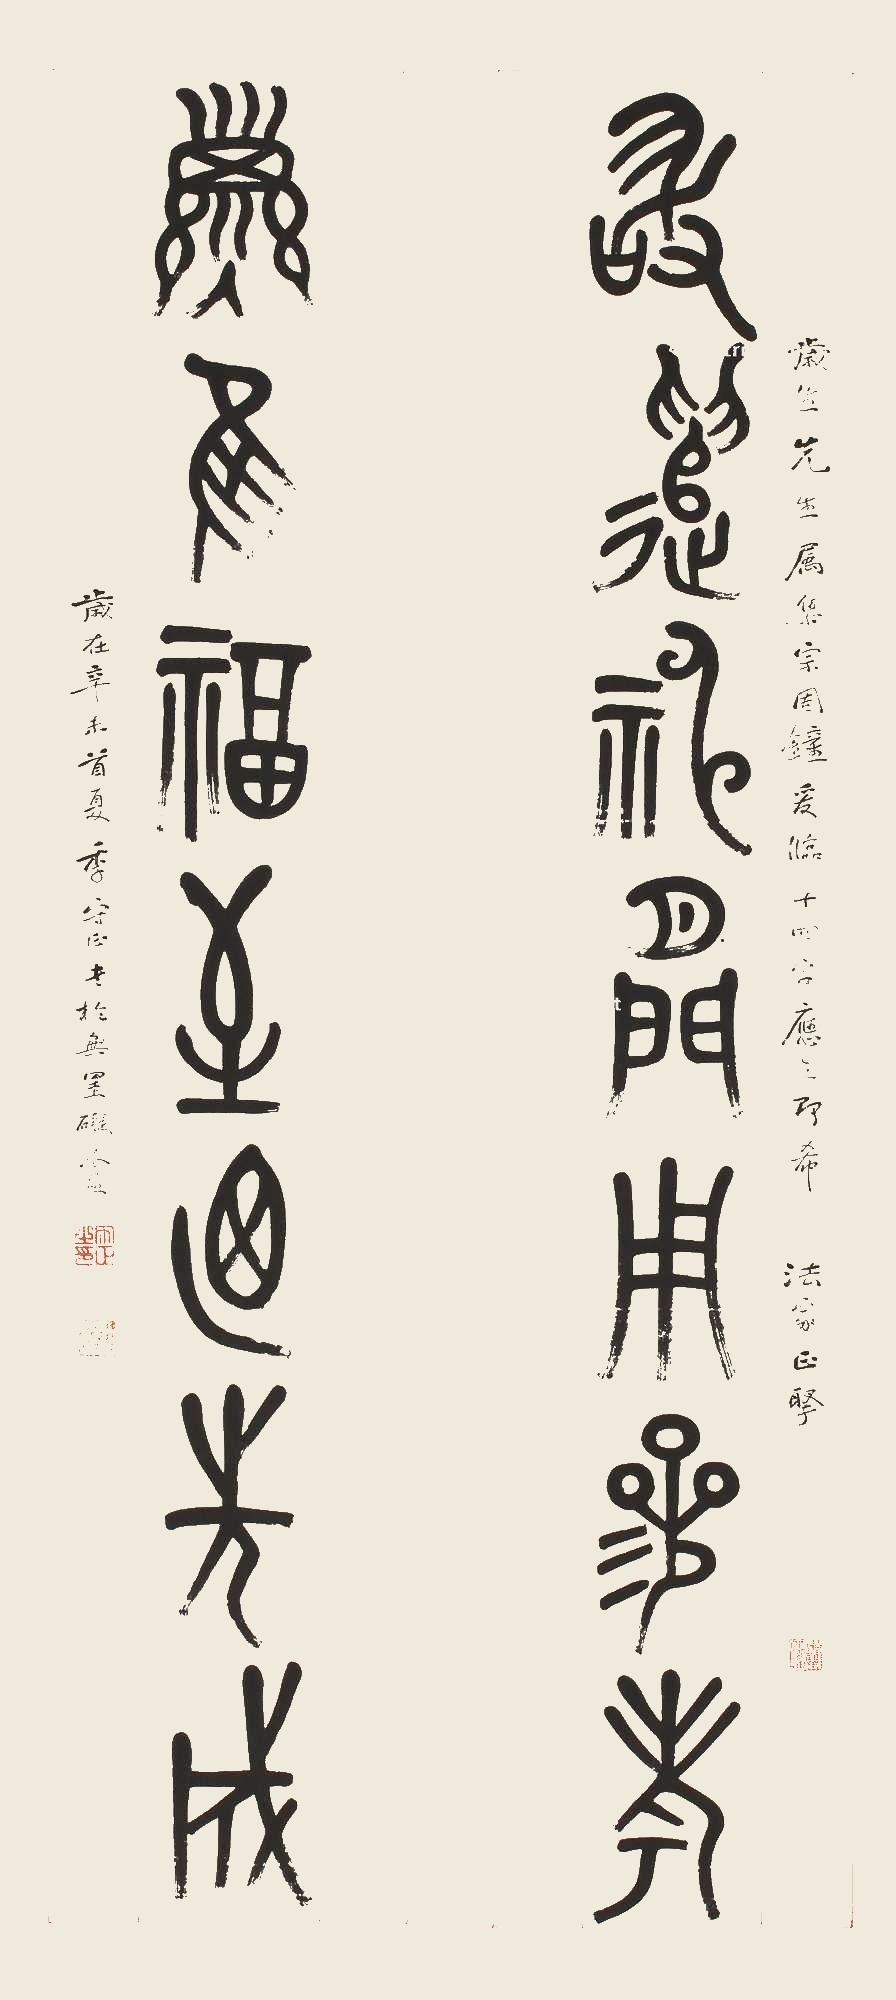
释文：敢遣神闲用参考；子惟福至迺先成。岁生先生属集《宗周钟》，爰临十四字应之，即希法家正腕。岁在辛未首夏，季守正书于无罣碍盦。